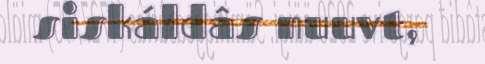
siskáldâs nuuvt,